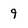
Character: 9